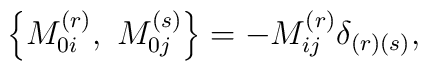
\left\{ M_{0i}^{(r)},\ M_{0j}^{(s)}\right\} =-M_{ij}^{(r)}\delta _{\left(r\right) \left( s\right) },